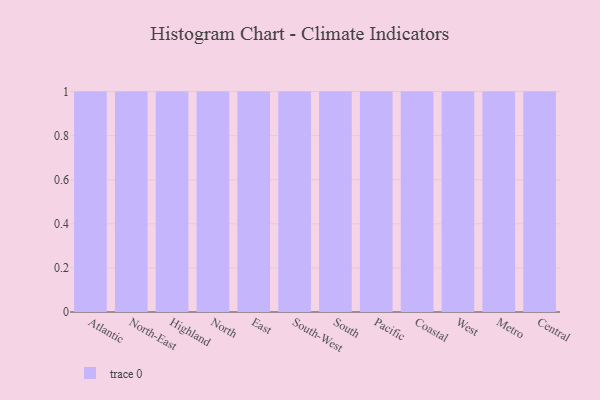
{"axis": {"x": "Region", "y": "Humidity (%)"}, "legend": [""], "data": [{"x": "Atlantic", "y": 10, "type": ""}, {"x": "North-East", "y": 80, "type": ""}, {"x": "Highland", "y": 27, "type": ""}, {"x": "North", "y": 47, "type": ""}, {"x": "East", "y": 25, "type": ""}, {"x": "South-West", "y": 3, "type": ""}, {"x": "South", "y": 37, "type": ""}, {"x": "Pacific", "y": 31, "type": ""}, {"x": "Coastal", "y": 56, "type": ""}, {"x": "West", "y": 70, "type": ""}, {"x": "Metro", "y": 4, "type": ""}, {"x": "Central", "y": 76, "type": ""}]}